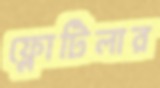
ফ্লোটিলার